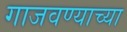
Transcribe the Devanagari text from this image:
गाजवण्याच्या